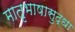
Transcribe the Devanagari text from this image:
मातृभाषासुद्धा